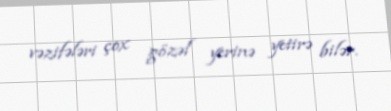
vəzifələri çox gözəl yerinə yetirə bilər.